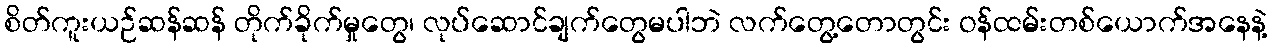
စိတ်ကူးယဉ်ဆန်ဆန် တိုက်ခိုက်မှုတွေ၊ လုပ်ဆောင်ချက်တွေမပါဘဲ လက်တွေ့တောတွင်း ဝန်ထမ်းတစ်ယောက်အနေနဲ့